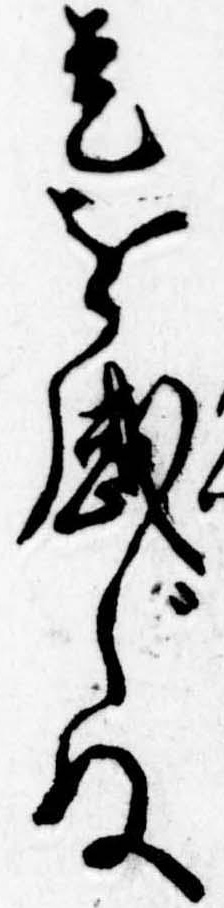
是を感じぬ